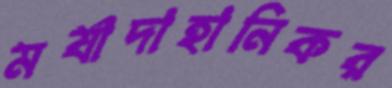
মর্যাদাহানিকর